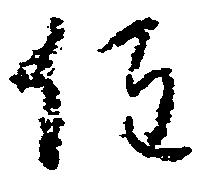
住